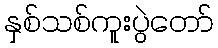
နှစ်သစ်ကူးပွဲတော်